Magi,_Artur, lk 115
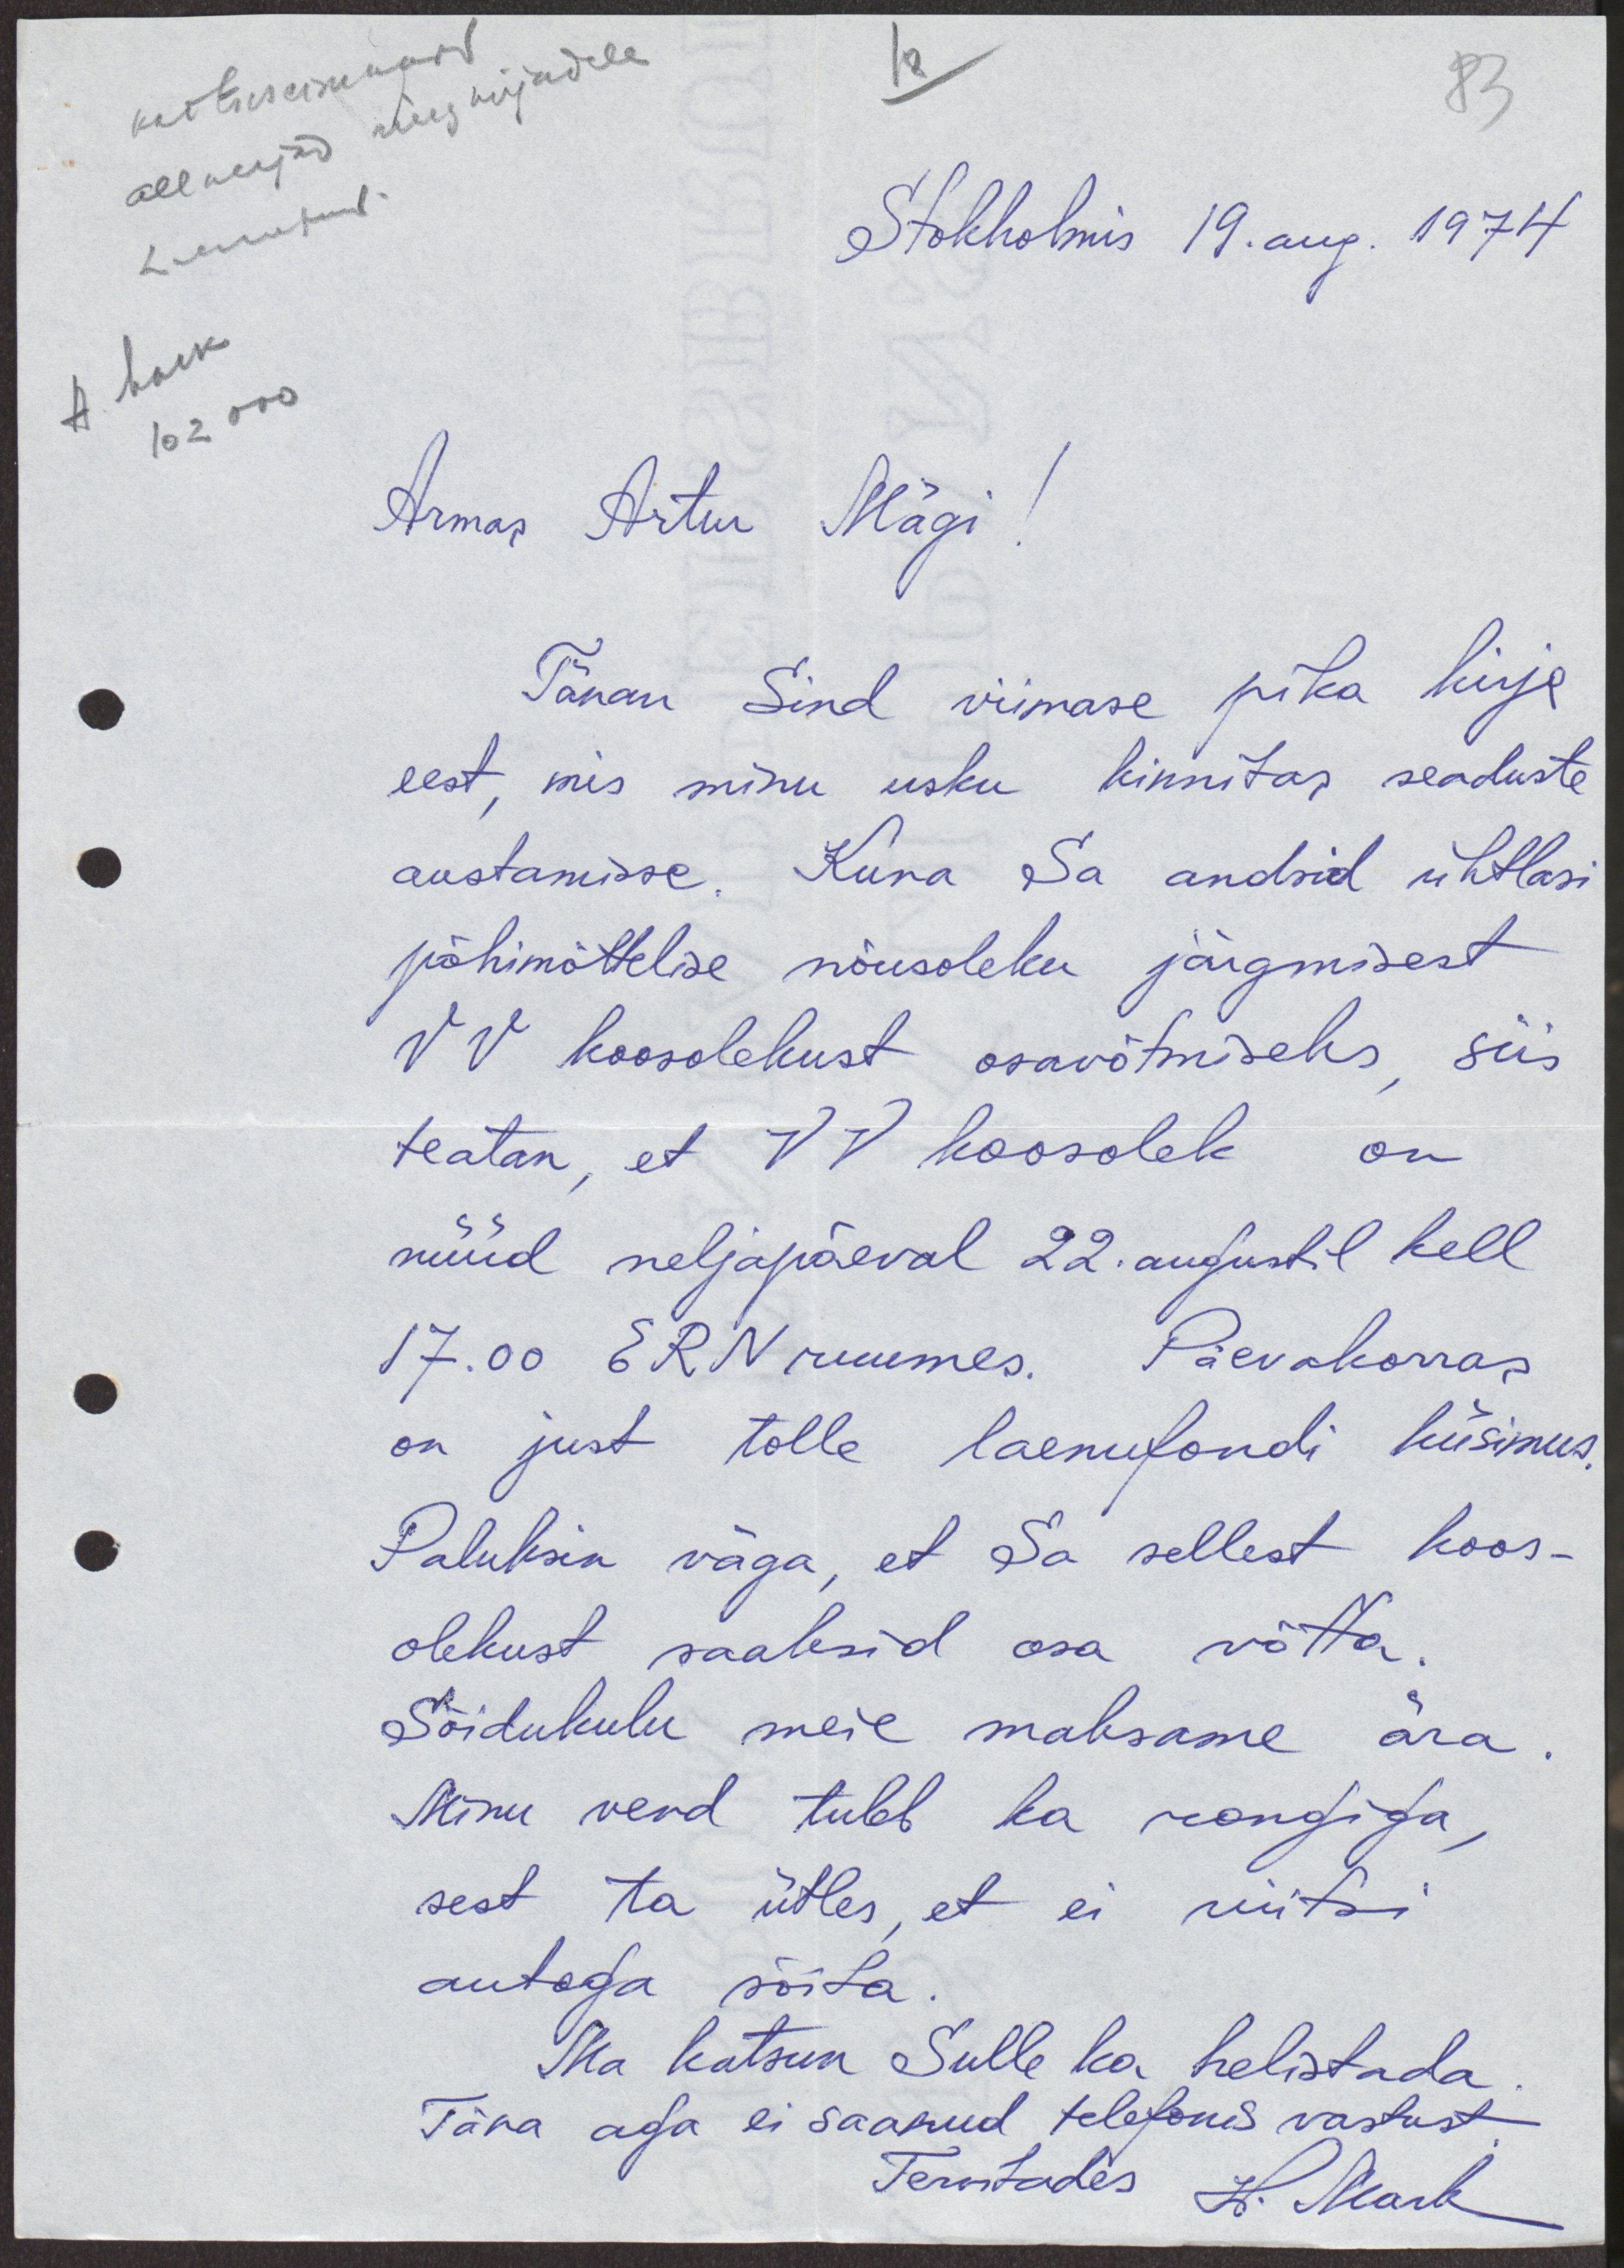
kaitseseisukord
allkirjad ringkirjadele
18
83
Linnopud.
Stokholmis 19. aug. 1974.
волк.
102 000
Armas Artur Mägi!
Tänan Sind viimase pika kirja
eest, mis minu usku kinnitas seaduste
austamisse. Kuna Sa andsid ühtlasi
põhimõttelise nõusoleku järgmisest
VV koosolekust osavõtmiseks, siis
teatan, et VV koosolek on
nüüd neljapäeval 22. augustil kell
17.00 ERN ruumes. Päevakorras
on just tolle laenufondi küsimus.
Paluksin väga, et Sa sellest koos-
olekust saaksid osa võtta.
Sõidukulu meie maksame ära.
Minu vend tuleb ka rongiga
sest ta ütles, et ei viitsi
autoga sõita.
Ma katsun sulle ka helistada
Täna aga ei saanud telefonis vastust
Tervitades H. Mark